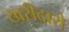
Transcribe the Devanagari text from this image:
खरीदारो